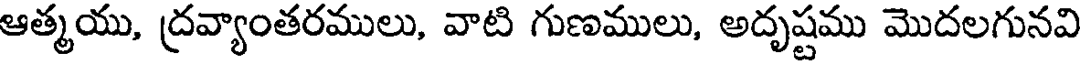
ఆత్మయు, ద్రవ్యాంతరములు, వాటి గుణములు, అదృష్టము మొదలగునవి